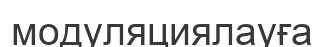
модуляциялауға